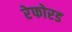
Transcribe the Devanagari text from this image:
रेफोरड